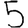
Digit: 5